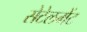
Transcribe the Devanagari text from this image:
सेटेलमेंट